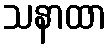
သနာထာ